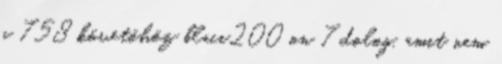
a 758 követőhöz blaci200 on 7 dolog, amit nem